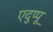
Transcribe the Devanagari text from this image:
एदुप्पू